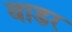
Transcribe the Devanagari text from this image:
वाडर